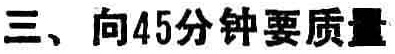
三、向45分钟要质量